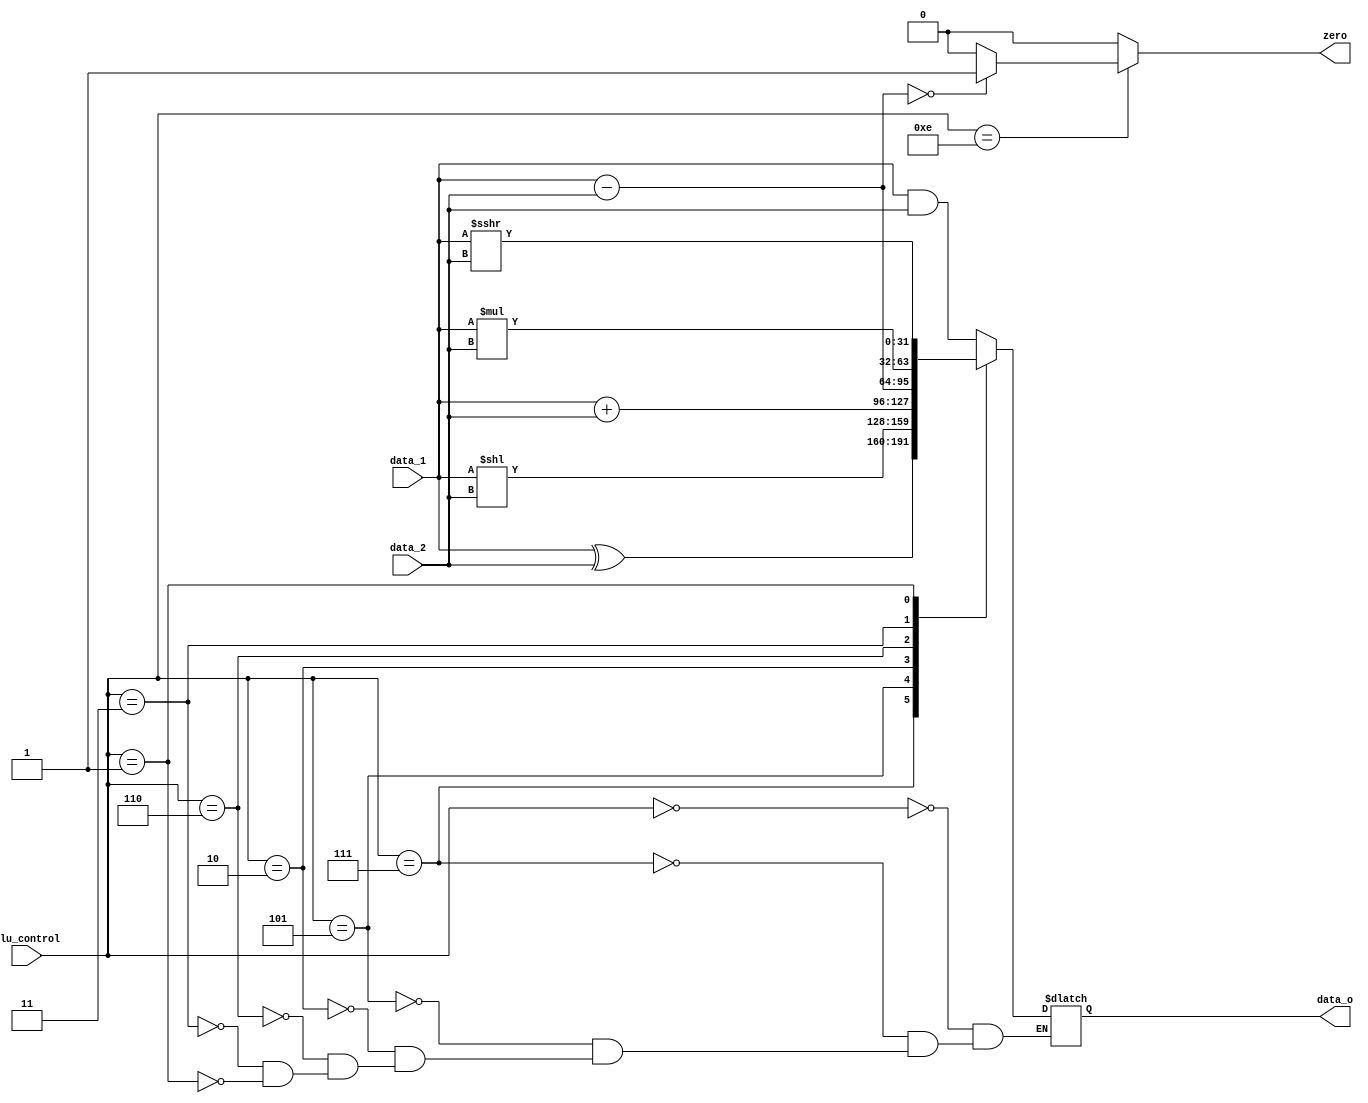
module ALU #(parameter Width = 32)
(
    data_1,
    data_2,
    alu_control,
    zero,
    data_o,
);

// Interface
input   signed  [31:0]          data_1;
input   signed  [31:0]          data_2;
input           [3:0]           alu_control;
output                          zero;
output  signed  [31:0]          data_o;

reg                             zero;
reg     signed  [31:0]          data_o;
// reg                             Zero;
// reg             [31:0]          minus;

always@(*) begin
    // initialize 0 to assume not branch
    zero = 1'b0;
    // calculate result
    case (alu_control)
        4'b0000 : data_o = data_1 & data_2;    // and
        4'b0111 : data_o = data_1 ^ data_2;    // xor
        4'b0101 : data_o = data_1 << data_2;   // sll
        4'b0010 : data_o = data_1 + data_2;    // add, addi, lw, sw
        4'b0110 : data_o = data_1 - data_2;    // sub
        4'b0011 : data_o = data_1 * data_2;    // mul
        4'b0001 : data_o = data_1 >>> data_2;  // srai
        4'b1110 : zero = ((data_1 - data_2) == 0) ? 1'b1 : 1'b0; // beq
    endcase
    // // calculate Zero
    // minus = data_1 - data_2;
    // Zero = (minus == 32'b0);
end

endmodule